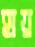
হায়